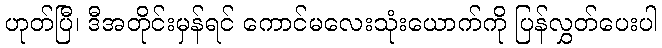
ဟုတ်ပြီ၊ ဒီအတိုင်းမှန်ရင် ကောင်မလေးသုံးယောက်ကို ပြန်လွှတ်ပေးပါ